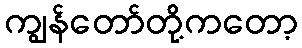
ကျွန်တော်တို့ကတော့